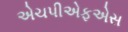
એચપીએફએસ